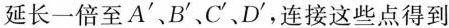
延长一倍至A^{\prime}、B^{\prime}、C^{\prime}、D^{\prime}，连接这些点得到